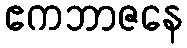
ဧကဘာဇနေ